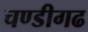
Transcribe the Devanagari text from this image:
चण्‍डीगढ